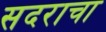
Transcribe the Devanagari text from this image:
सदराचा